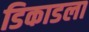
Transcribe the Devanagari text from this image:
डिकाडला